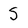
Character: S